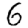
Digit: 6